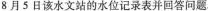
8月5日该水文站的水位记录表并回答问题。